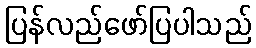
ပြန်လည်ဖော်ပြပါသည်